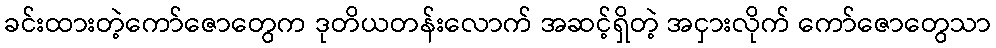
ခင်းထားတဲ့ကော်ဇောတွေက ဒုတိယတန်းလောက် အဆင့်ရှိတဲ့ အငှားလိုက် ကော်ဇောတွေသာ